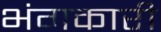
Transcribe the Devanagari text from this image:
भंगकारी